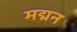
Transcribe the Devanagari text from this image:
मद्मन